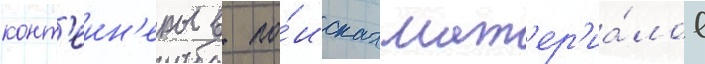
конт'еин'еры в по́исках мат'ер'иа́лов